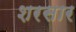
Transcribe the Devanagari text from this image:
शरसार